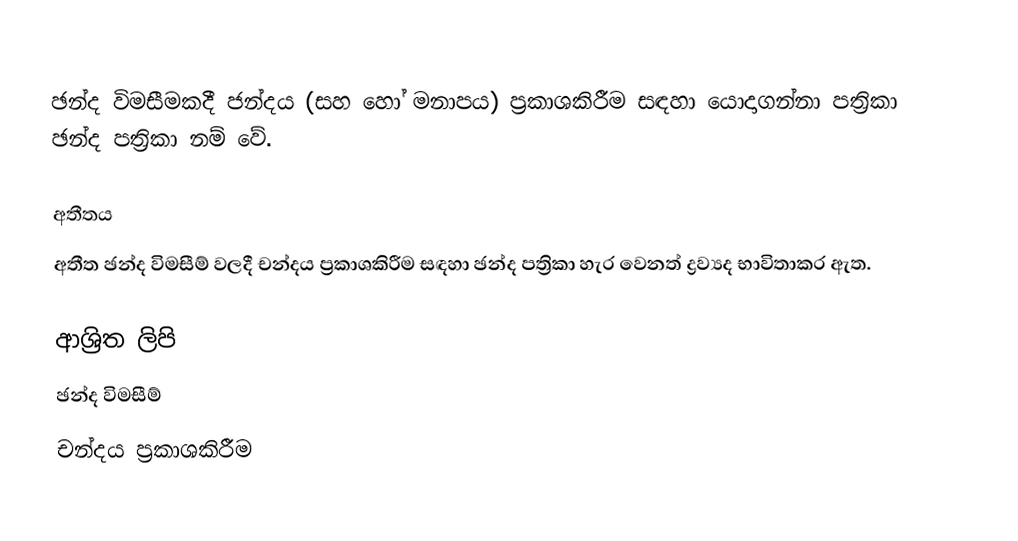
ඡන්ද විමසීමකදී ජන්දය (සහ හෝ මනාපය) ප්‍රකාශකිරීම සඳහා යොදාගන්නා පත්‍රිකා ඡන්ද පත්‍රිකා නම් වේ.

අතීතය
අතීත ඡන්ද විමසීම් වලදී චන්දය ප්‍රකාශකිරීම සඳහා ඡන්ද පත්‍රිකා හැර වෙනත් ද්‍රව්‍යද භාවිතාකර ඇත.

ආශ්‍රිත ලිපි
 ඡන්ද විමසීම්
 චන්දය ප්‍රකාශකිරීම